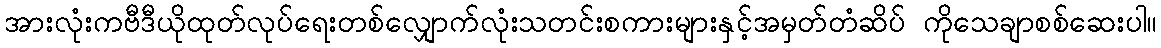
အားလုံးကဗီဒီယိုထုတ်လုပ်ရေးတစ်လျှောက်လုံးသတင်းစကားများနှင့်အမှတ်တံဆိပ် ကိုသေချာစစ်ဆေးပါ။